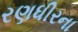
રણધીરના